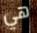
هي